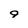
Character: 9